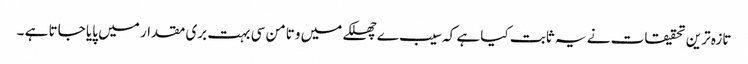
تازہ ترین تحقیقات نے یہ ثابت کیا ہے کہ سیب ے چھلکے میں وتامن سی بہت بری مقدار میں پایا جاتا ہے ۔